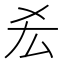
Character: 𠫤